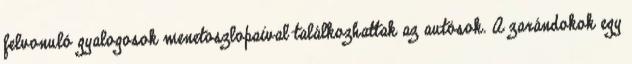
felvonuló gyalogosok menetoszlopaival találkozhattak az autósok. A zarándokok egy